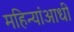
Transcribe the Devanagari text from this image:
महिन्यांआधी